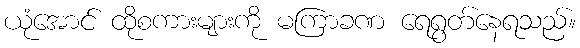
ယုံအောင် ထိုစကားများကို မကြာခဏ ရေရွတ်နေရသည်။